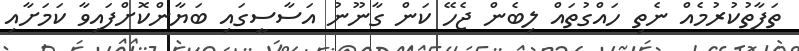
ތަފާތުކުރުމެއް ނެތި ހައްގުތައް ލިބެން ޖެހޭ ކަން ގާނޫނު އަސާސީގައި ބަޔާންކޮށްފައިވާ ކަމަށާއި